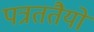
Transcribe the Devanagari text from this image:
पत्रततैयों